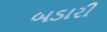
બડારી